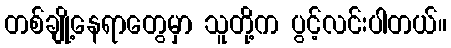
တစ်ချို့နေရာတွေမှာ သူတို့က ပွင့်လင်းပါတယ်။